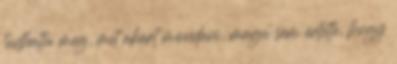
tudhatta meg, mit akart mondani, maga sem értette, hogy